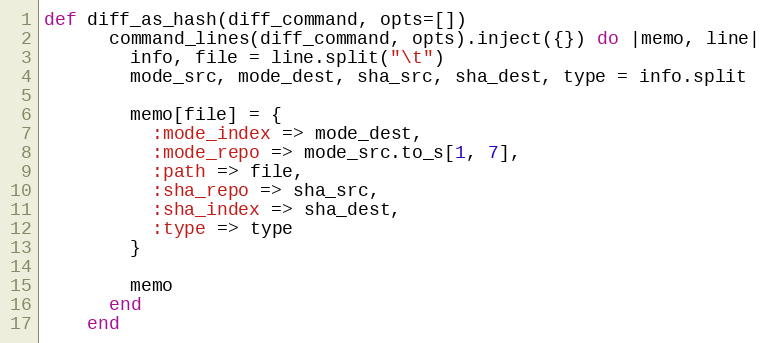
Language: Ruby
def diff_as_hash(diff_command, opts=[])
      command_lines(diff_command, opts).inject({}) do |memo, line|
        info, file = line.split("\t")
        mode_src, mode_dest, sha_src, sha_dest, type = info.split

        memo[file] = {
          :mode_index => mode_dest,
          :mode_repo => mode_src.to_s[1, 7],
          :path => file,
          :sha_repo => sha_src,
          :sha_index => sha_dest,
          :type => type
        }

        memo
      end
    end